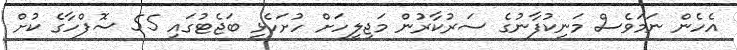
އެހެން ނަމަވެސް މަނިކުފާނުގެ ސަރުކާރުން މަޖިލީހަށް ހުށަހެޅި ބަޖެޓުގައި 55 ސޮފްހާގެ ކުށް